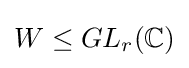
W\leq GL_{r}(\mathbb {C} )